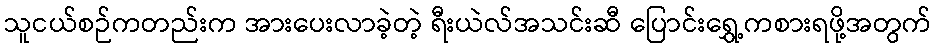
သူငယ်စဉ်ကတည်းက အားပေးလာခဲ့တဲ့ ရီးယဲလ်အသင်းဆီ ပြောင်းရွှေ့ကစားရဖို့အတွက်